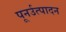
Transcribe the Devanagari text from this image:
पूनर्उत्पादन